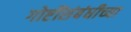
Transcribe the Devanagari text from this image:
गोष्टींसंबंधीच्या